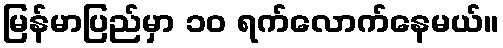
မြန်မာပြည်မှာ ၁၀ ရက်လောက်နေမယ်။